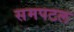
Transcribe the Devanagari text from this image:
समपटल